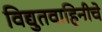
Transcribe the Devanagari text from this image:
विद्युतवाहिनीचे